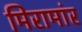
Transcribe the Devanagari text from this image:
मिरामांर